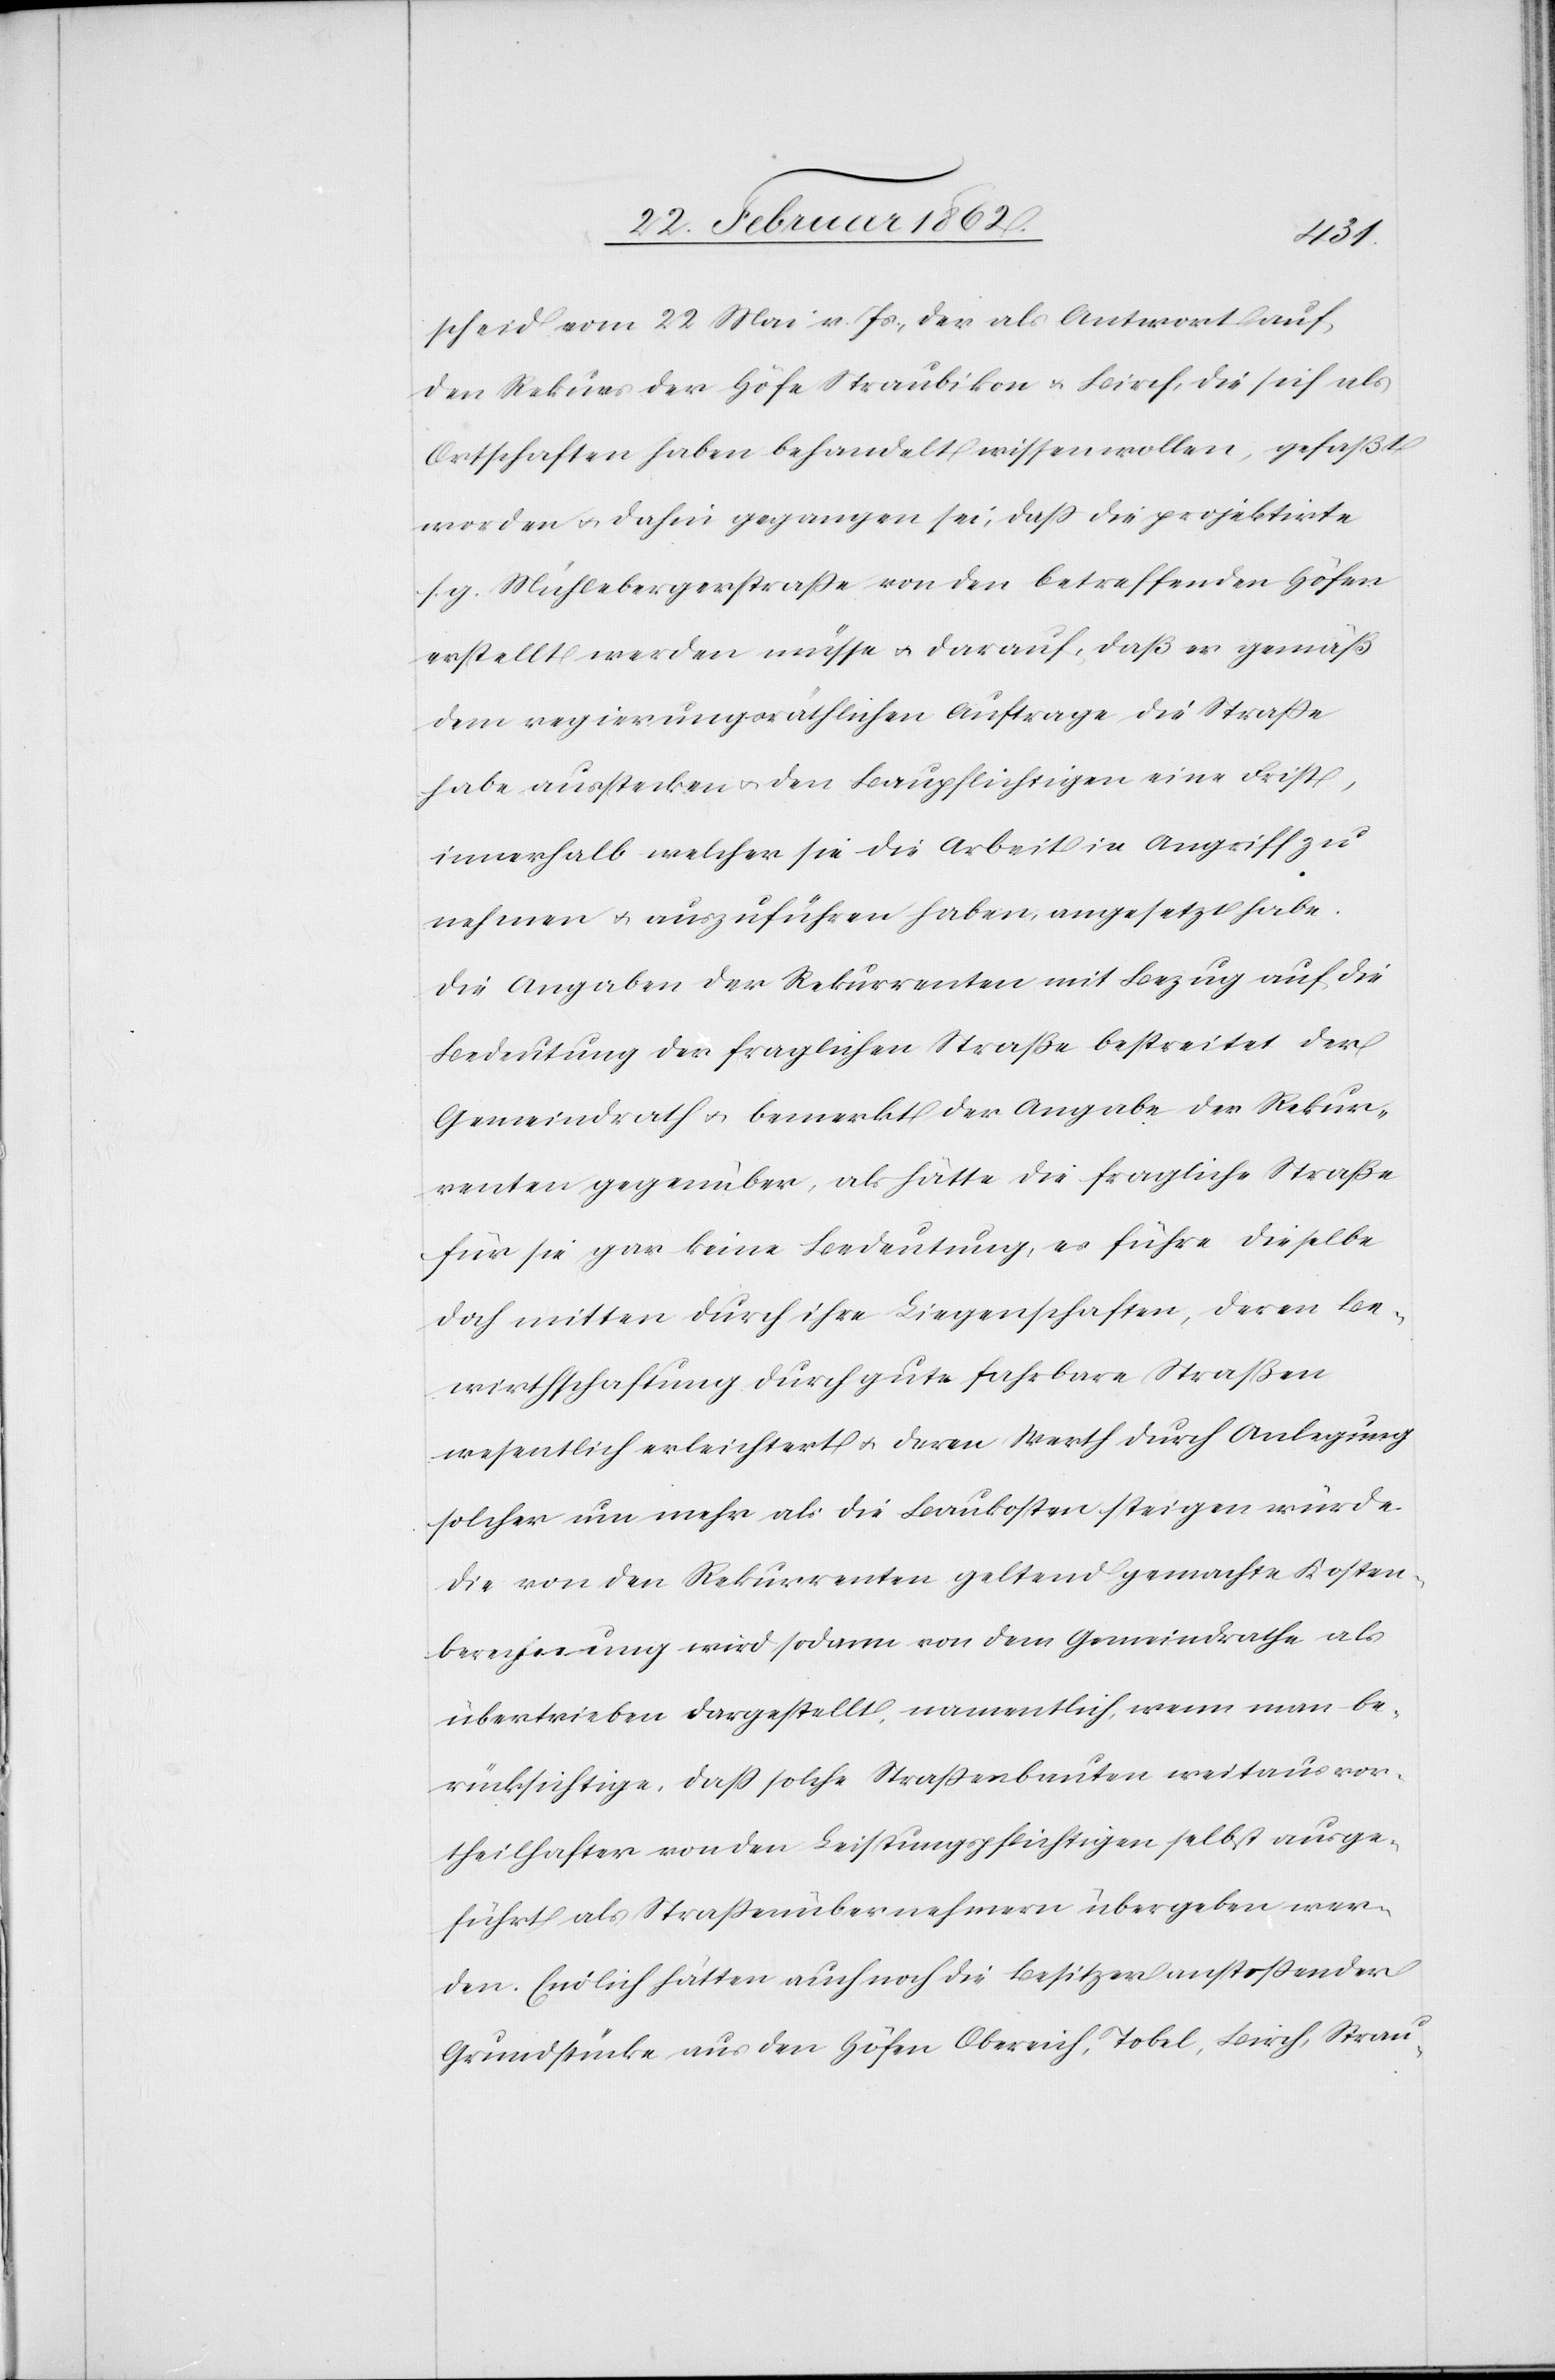
scheid vom 22 Mai v. Js., der als Antwort auf
den Rekurs der Höfe Straubikon u. Birch, die sich als
Ortschaften haben behandelt wissen wollen, gefaßt
worden u. dahin gegangen sei, daß die projektirte
s. g. Mühlebergerstraße von den betreffenden Höfen
erstellt werden müsse u. darauf, daß er gemäß
dem regierungsräthlichen Auftrage die Straße
habe ausstecken u. den Baupflichtigen eine Frist,
innerhalb welcher sie die Arbeit in Angriff zu
nehmen u. auszuführen haben, angesetzt habe.
Die Angaben der Rekurrenten mit Bezug auf die
Bedeutung der fraglichen Straße bestreitet der
Gemeindrath u. bemerkt der Angabe der Rekur¬
renten gegenüber, als hätte die fragliche Straße
für sie gar keine Bedeutung, es führe dieselbe
doch mitten durch ihre Liegenschaften, deren Be¬
wirthschaftung durch gute fahrbare Straßen
wesentlich erleichtert u. deren Werth durch Anlegung
solcher um mehr als die Baukosten steigen würde.
Die von den Rekurrenten geltend gemachte Kosten¬
berechnung wird sodann von dem Gemeindrathe als
übertrieben dargestellt, namentlich, wenn man be¬
rücksichtige, daß solche Straßenbauten weitaus vor¬
theilhafter von den Leistungspflichtigen selbst ausge¬
führt als Straßenübernehmern übergeben wer¬
den. Endlich hätten auch noch die Besitzer anstoßender
Grundstücke aus den Höfen Obereich, Tobel, Birch, Strau-